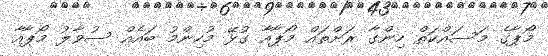
މޯޕާގެ މަސައްކަތް ހިންގާ ރަށްތައް މޯޕާއާ ގުޅޭ މުހިންމު ބައެއް ސުވާލު މޯޕާއާ